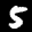
Label: 5